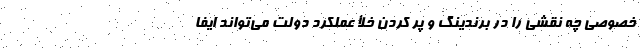
خصوصی چه نقشی را در برندینگ و پُر کردن خلأ عملکرد دولت می‌تواند ایفا